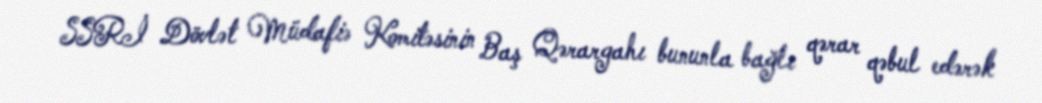
SSRİ Dövlət Müdafiə Komitəsinin Baş Qərargahı bununla bağlı qərar qəbul edərək